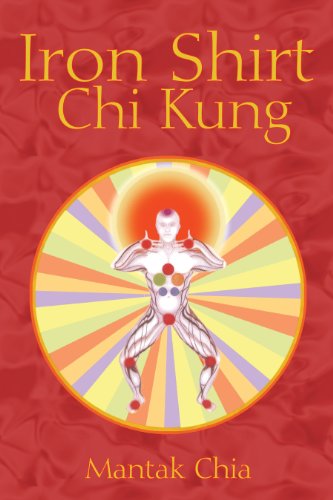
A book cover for Iron Shirt Chi Kung; Mantak Chia; Health, Fitness & Dieting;